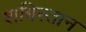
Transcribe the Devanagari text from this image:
शबिस्तान